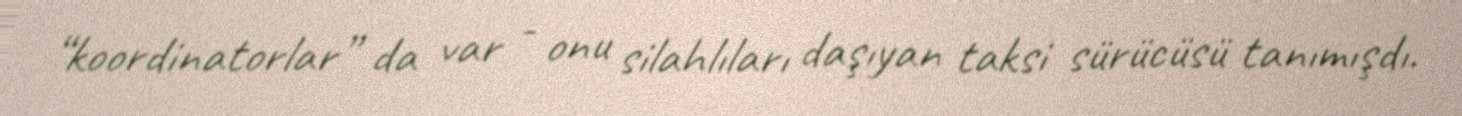
“koordinatorlar” da var - onu silahlıları daşıyan taksi sürücüsü tanımışdı.